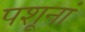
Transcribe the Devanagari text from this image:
पशूनां